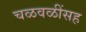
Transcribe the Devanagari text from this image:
चळवळींसह